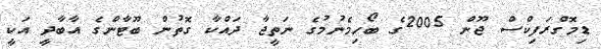
ޑިމޮގްރަފިކްސް ޖޫން 2005ގެ ބޯހިމެނުމުގެ ނަތީޖާ ދައްކާ ގޮތުން ބޫޓާންގެ އާބާދީ އަކީ